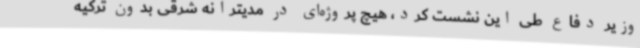
وزیر دفاع طی این نشست کرد، هیچ پروژه‌ای در مدیترانه شرقی بدون ترکیه